Report on vaccination in Madras 1895-1903 - 1895-1903
Year: 1895
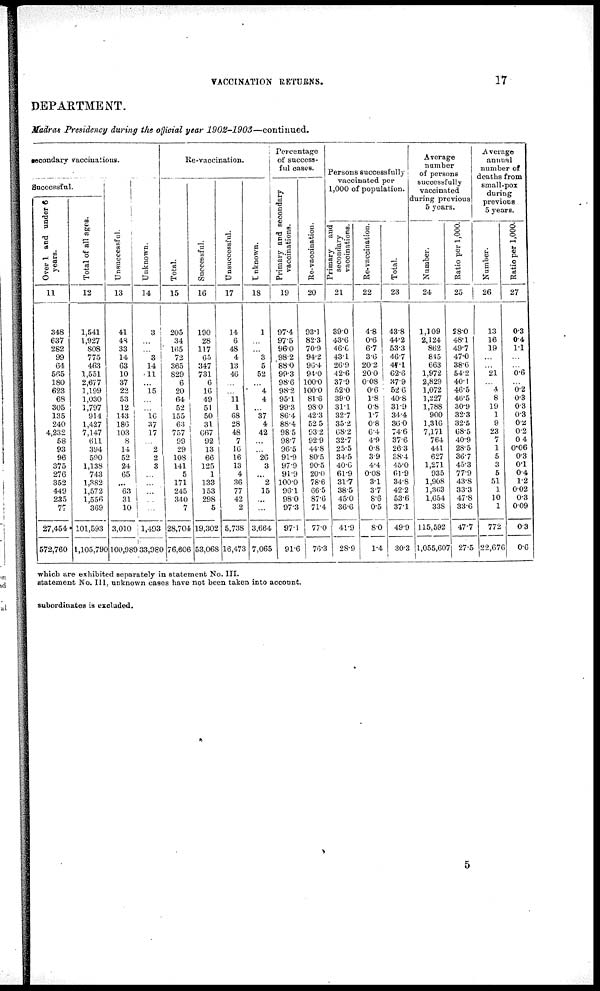
VACCINATION RETURNS.
17
DEPARTMENT.
Madras Presidency during the official year
1902-1903—continued
secondary vaccinations.
Successful.
Over 1 and under 6
years.
11
348
637
262
99
64
565
180
623
68
305
135
240
4,232
58
93
96
375
276
352
449
235
77
27,454
572,760
Total of all ages.
12
1,541
1,927
808
775
463
1,551
2,677
1,199
1,030
1,797
914
1,427
7,147
611
394
590
1,138
743
1,382
1,572
1,556
369
101,593
1,105,790
Uns uc c e s s f
ul .
13
41
43
33
14
63
10
37
22
53
12
143
186
103
8
14
52
24
65
...
63
31
10
3,010
100,989
Un k n o wn .
14
3
...
...
3
14
11
...
15
...
...
16
37
17
...
2
2
3
...
...
...
...
...
1,493
33,980
Re-vaccination.
Total.
15
205
34
165
72
365
829
6
20
64
52
155
63
757
99
29
108
141
5
171
245
340
7
28,704
76,606
Successful.
16
190
28
117
65
347
731
6
16
49
51
50
31
667
92
13
66
125
1
133
153
298
5
19,302
53,068
Unsuccessful.
17
14
6
48
4
13
46
...
...
11
1
68
28
48
7
16
16
13
4
36
77
42
2
5,738
16,473
Unknown.
18
1
...
...
3
5
52
...
4
4
...
37
4
42
...
...
26
3
...
2
15
...
...
3,664
7,065
Percentage
of success-
ful cases.
Primary and secondary
vaccinations.
19
97.4
97.5
96.0
98.2
88.0
99.3
98.6
98.2
95.1
99.3
86.4
88.4
98.5
98.7
96.5
91.9
97.9
91.9
100.0
96.1
98.0
97.3
97.1
91.6
Re-vaccination.
20
93.1
82.3
70.9
94.2
96.4
94.0
100.0
100.0
81.6
98.0
42.3
52.5
93.2
92.9
44.8
80.5
90.5
20.0
78.6
66.5
87.6
71.4
77.0
76.3
Persons successfully
vaccinated per
1,000 of population.
Primary and
secondary
vaccinations.
21
39.0
43.6
46.6
43.1
26.9
42.6
37.9
52.0
39.0
31.1
32.7
35.2
68.2
32.7
25.5
34.5
40.6
61.9
31.7
38.5
45.0
36.6
41.9
28.9
Re-vaccination.
22
4.8
0.6
6.7
3.6
20.2
20.0
0.08
0.6
1.8
0.8
1.7
0.8
6.4
4.9
0.8
3.9
4.4
0.08
3.1
3.7
8.6
0.5
8.0
1.4
Total.
23
43.8
44.2
53.3
46.7
47.1
62.6
37.9
52.6
40.8
31.9
34.4
36.0
74.6
37.6
26.3
38.4
45.0
61.9
34.8
42.2
53.6
37.1
49.9
30.3
Average
number
of persons
successfully
vaccinated
during previous
5 years.
Number.
24
1,109
2,124
862
845
663
1,972
2,829
1,072
1,227
1,788
900
1,316
7,171
764
441
627
1,271
935
1,908
1,363
1,654
338
115,592
1,055,607
Ratio per 1,000.
25
28.0
48.1
49.7
47.0
38.6
54.2
40.1
46.5
46.5
30.9
32.3
32.5
68.5
40.9
28.5
36.7
45.3
77.9
43.8
33.3
47.8
33.6
47.7
27.5
Average
annual
number of
deaths from
small-pox
during
previous
5 years.
Number.
26
13
16
19
...
...
21
...
4
8
19
1
9
23
7
1
5
3
5
51
1
10
1
772
22,676
Ratio per 1,000.
27
0.3
0.4
1.1
...
...
0.6
...
0.2
0.3
0.3
0.3
0.3
0.2
0.4
0.06
0.3
0.1
0.4
1.2
0.02
0.3
0.09
0.3
0.6
which are exhibited separately in statement No. III.
statement No. III, unknown cases have not been taken into account.
subordinates is excluded.
5